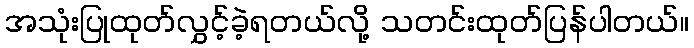
အသုံးပြုထုတ်လွှင့်ခဲ့ရတယ်လို့ သတင်းထုတ်ပြန်ပါတယ်။